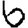
Digit: 6